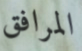
المرافق